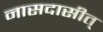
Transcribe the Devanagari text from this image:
नासदासीत्